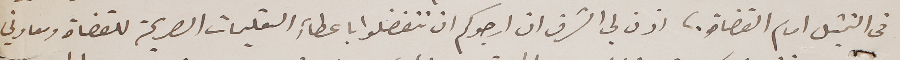
فى التمثيل امام القضاة؛ اذن لي الشرف ان ارجوكم ان تتفضلوا باعطاءِ التعليمات الصريحة للقضاة ومعاوني